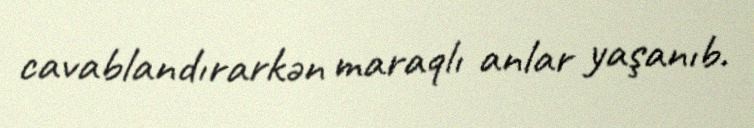
cavablandırarkən maraqlı anlar yaşanıb.